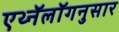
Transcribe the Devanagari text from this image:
एथ्नॅलॉगनुसार